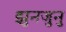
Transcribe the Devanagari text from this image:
झुनजुनु